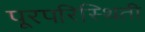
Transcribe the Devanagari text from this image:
पूरपरिस्थिती